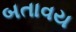
બતાવય